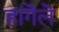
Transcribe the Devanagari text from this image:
हांगॆलॆ